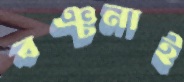
বঞ্চনাই